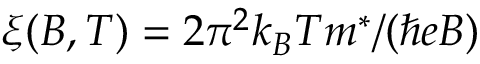
\xi ( B , T ) = 2 \pi ^ { 2 } k _ { B } T m ^ { * } / ( \hbar e B )